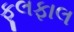
ફૂલફાલ